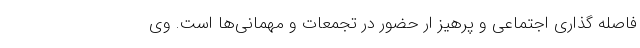
فاصله گذاری اجتماعی و پرهیز ار حضور در تجمعات و مهمانی‌ها است. وی